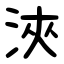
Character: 浹